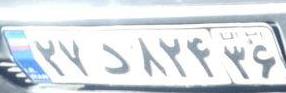
۲۷د۸۲۴۳۶